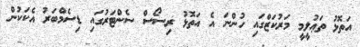
އަތޮޅު ތަޢުލީމީ މަރުކަޒްގައި ހުންނަ އެ އަތޮޅު ރިސޯސް ސެންޓަރުގައި ޑިސެމްބަރު އެކަކުން